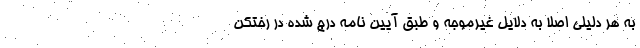
به هر دلیلی اصلا به دلایل غیرموجه و طبق آیین نامه درج شده در رختکن